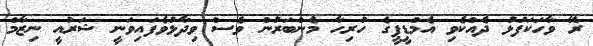
ރޭ ވާހަކަފުޅު ދެއްކެވި އެމްޑީޕީގެ ހުރިހާ މެންބަރުން ވެސް ވިދާޅުވެފައިވަނީ ޝަރުއީ ނިޒާމް